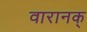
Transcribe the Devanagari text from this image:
वारानक्